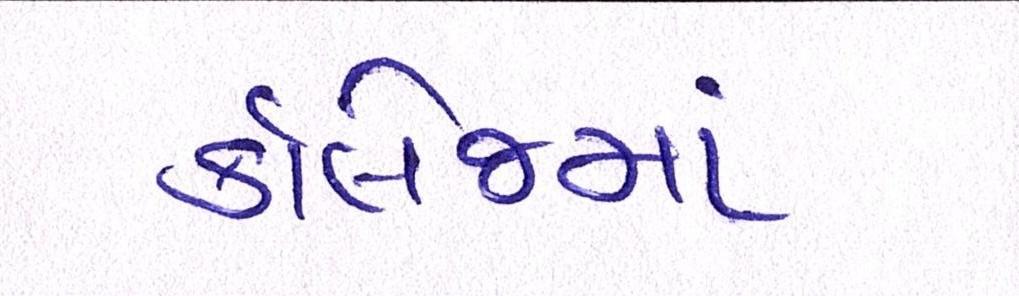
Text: કૉલેજમાં